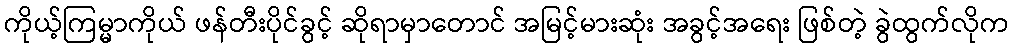
ကိုယ့်ကြမ္မာကိုယ် ဖန်တီးပိုင်ခွင့် ဆိုရာမှာတောင် အမြင့်မားဆုံး အခွင့်အရေး ဖြစ်တဲ့ ခွဲထွက်လိုက